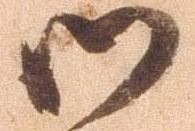
御